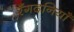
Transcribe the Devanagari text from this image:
रँगदनियाँ